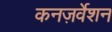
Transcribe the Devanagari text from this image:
कनज़र्वेशन